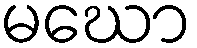
မဃော